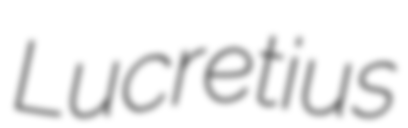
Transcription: Lucretius